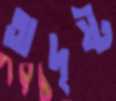
অদৃষ্ট